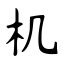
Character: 机